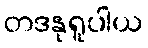
တဒနုရူပါယ